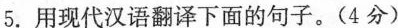
5. 用现代汉语翻译下面的句子。(4分)